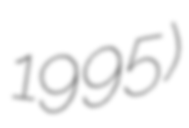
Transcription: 1995)